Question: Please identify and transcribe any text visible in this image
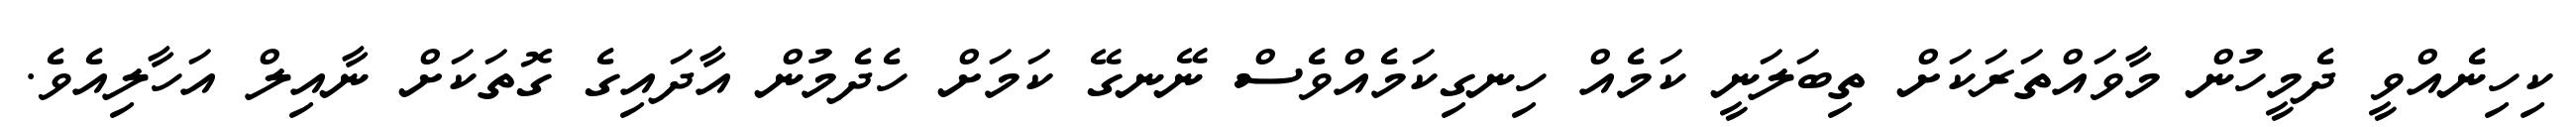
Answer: ކިހިނެއްވީ ދެމީހުން މާވައްތަރަކަށް ތިބަލަނީ ކަމެއް ހިނގިކަމެއްވެސް ނޭނގޭ ކަމަށް ހެދެމުން އާދައިގެ ގޮތަކަށް ނާއިލް އަހާލިއެވެ.